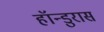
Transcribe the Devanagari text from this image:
हॉन्डुरास